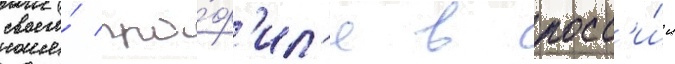
своего́ про́ф'ил'я в росс'и́и